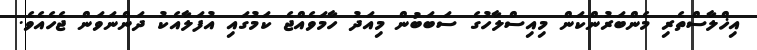
އިޚްލާސްތެރި މެންބަރުންކަން މިއިސްލާހުގެ ސަބަބުން މިއަދު ހާމަވެއްޖެ ކަމުގައި އުފަލާއެކު ދަންނަވަން ޖެހެއެވެ.